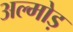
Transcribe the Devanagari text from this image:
अल्मोड़